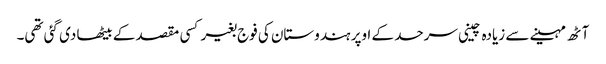
آٹھ مہینے سے زیادہ چینی سرحد کے اوپر ہندوستان کی فوج بغیر کسی مقصد کے بیٹھا دی گئی تھی۔